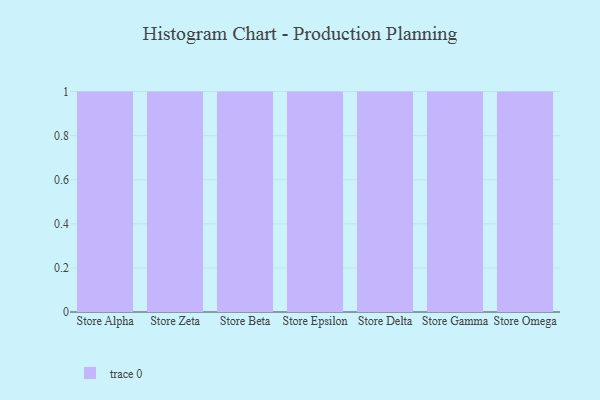
{"axis": {"x": "Store", "y": "Demand Index"}, "legend": [""], "data": [{"x": "Store Alpha", "y": 4, "type": ""}, {"x": "Store Zeta", "y": 85, "type": ""}, {"x": "Store Beta", "y": 99, "type": ""}, {"x": "Store Epsilon", "y": 46, "type": ""}, {"x": "Store Delta", "y": 11, "type": ""}, {"x": "Store Gamma", "y": 5, "type": ""}, {"x": "Store Omega", "y": 65, "type": ""}]}